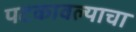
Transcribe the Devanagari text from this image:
पटकावल्याचा